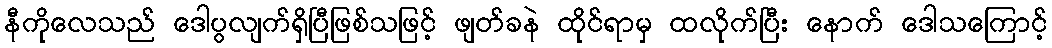
နီကိုလေသည် ဒေါပွလျက်ရှိပြီဖြစ်သဖြင့် ဖျတ်ခနဲ ထိုင်ရာမှ ထလိုက်ပြီး နောက် ဒေါသကြောင့်